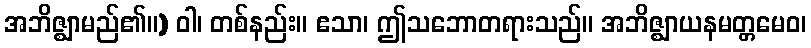
အဘိဇ္ဈာမည်၏။) ဝါ၊ တစ်နည်း။ ဧသာ၊ ဤသဘောတရားသည်။ အဘိဇ္ဈာယနမတ္တမေဝ၊